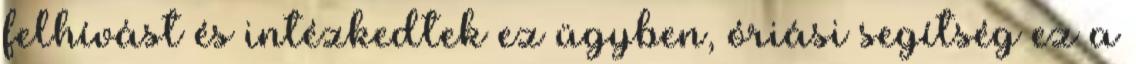
felhívást és intézkedtek ez ügyben, óriási segítség ez a